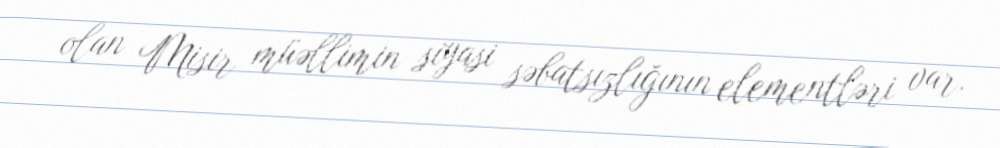
olan Misir müəllimin siyasi səbatsızlığının elementləri var.